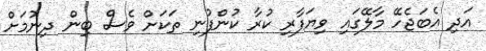
އަދި އެބަޖެހޭ މާލޭގައި ވިޔަފާރި ކުރާ ކުންފުނި ތަކަށް ވެސް ބިން ދިނުމަށް